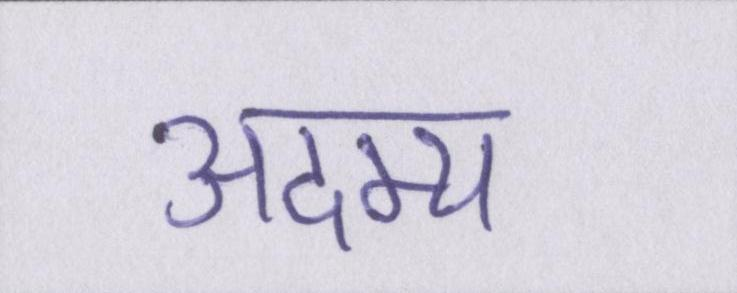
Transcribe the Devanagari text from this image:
अदम्य